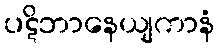
ပဋိဘာနေယျကာနံ